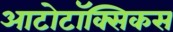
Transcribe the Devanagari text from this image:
आटोटॉक्सिकस